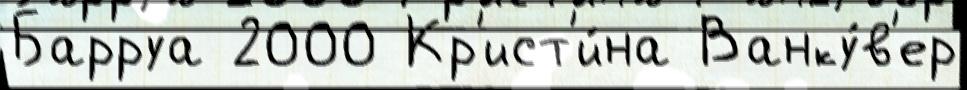
Барруа 2000 Кр'ист'и́на Ванку́в'ер